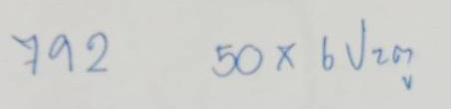
792 50 x 6 ประตู